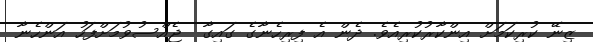
ޒިނޭ ކުރިކަމަށް އިންކާރުކުރިއެވެ. ދެން އެ ފިރިހެނާގެ ގައިގާ  ޖެއްސުވުމަށްފަހު އަންހެނާ